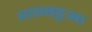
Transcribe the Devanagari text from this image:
शानहुआ